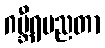
ဂမ္ဘီရပညတာ